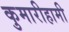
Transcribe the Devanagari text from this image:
कुमारीहामी